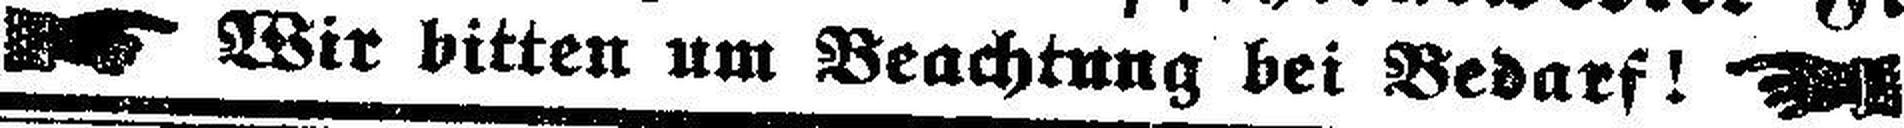
Wir bitten um Beachtung bei Bedarf!